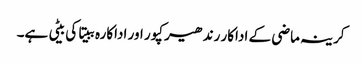
کرینہ ماضی کے اداکار رندھیر کپور اور اداکارہ ببیتا کی بیٹی ہے۔